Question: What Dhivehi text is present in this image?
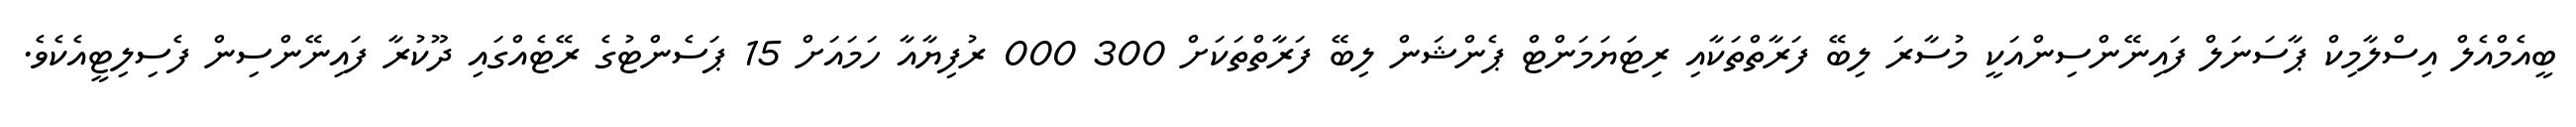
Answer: ބީއެމްއެލް އިސްލާމިކް ޕާސަނަލް ފައިނޭންސިންއަކީ މުސާރަ ލިބޭ ފަރާތްތަކާއި ރިޓަޔަމަންޓް ޕެންޝަން ލިބޭ ފަރާތްތަކަށް 300 000 ރުފިޔާއާ ހަމައަށް 15 ޕަސެންޓުގެ ރޭޓެއްގައި ދޫކުރާ ފައިނޭންސިން ފެސިލިޓީއެކެވެ.